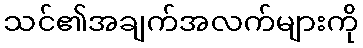
သင်၏အချက်အလက်များကို